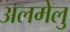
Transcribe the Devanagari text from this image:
अलमेलु